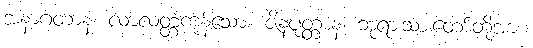
အနာဂတာနံ၊ လာလတ္တံ့ကုန်သော။ ဇိနပုတ္တာနံ၊ ဘုရားသားတော်တို့အား။